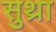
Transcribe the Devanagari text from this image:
सुथ्रा